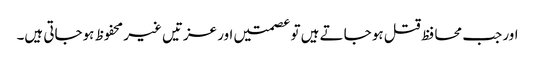
اور جب محا فظ قتل ہو جاتے ہیں تو عصمتیں اور عزتیں غیر محفوظ ہوجاتی ہیں۔